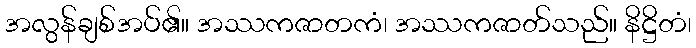
အလွန်ချစ်အပ်၏။ အဿကဇာတကံ၊ အဿကဇာတ်သည်။ နိဋ္ဌိတံ၊